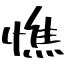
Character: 憔